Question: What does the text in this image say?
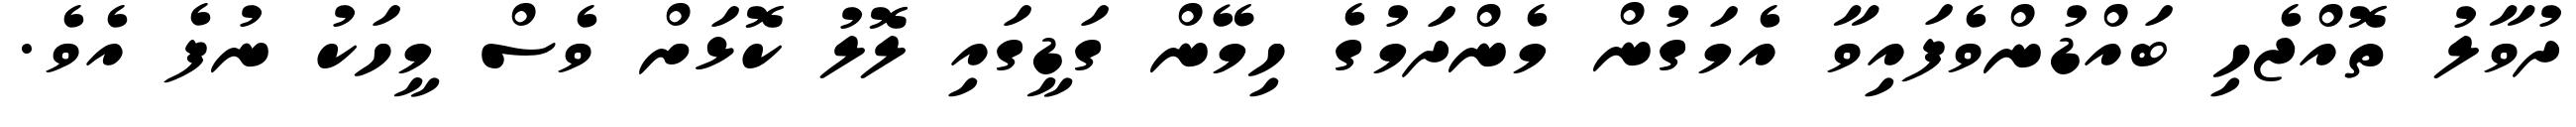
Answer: ދުވާލު ތޮއްޖެހި ބައްޑުންވެފައިވާ އެމަގުން މެންދަމުގެ ހިމޭން ގަޑީގައި ލޮލު ކޮޅަށް ވެސް މީހަކު ނުފެ އެވެ.